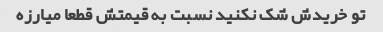
تو خریدش شک نکنید نسبت به قیمتش قطعا میارزه